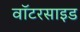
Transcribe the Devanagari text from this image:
वॉटरसाइड